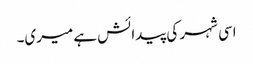
اسی شہر کی پیدائش ہے میری۔